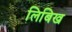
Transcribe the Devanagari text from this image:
लिबिख